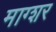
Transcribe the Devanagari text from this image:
माग्शर